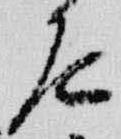
尼